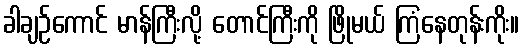
ခါချဉ်ကောင် မာန်ကြီးလို့ တောင်ကြီးကို ဖြိုမယ် ကြံနေတုန်းကိုး။